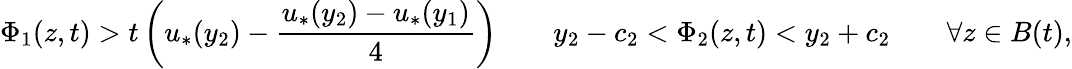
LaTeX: \Phi_{1}(z,t)>t\left(u_{*}(y_{2})-\frac{u_{*}(y_{2})-u_{*}(y_{1})}{4}\right)\qquad y_{2}-c_{2}<\Phi_{2}(z,t)<y_{2}+c_{2}\qquad\forall z\in B(t),